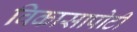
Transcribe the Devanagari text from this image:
विकासापोटी